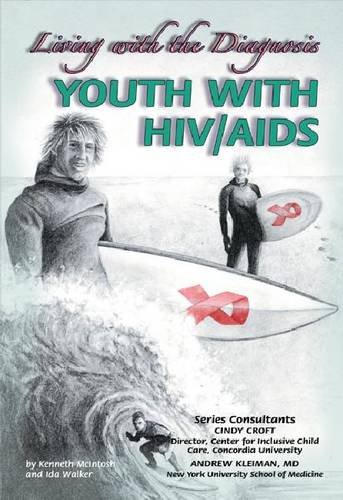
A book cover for Youth With HIV/AIDS: Living With the Diagnosis (Helping Youth With Mental, Physical, and Social Challenges); Kenneth McIntosh; Teen & Young Adult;